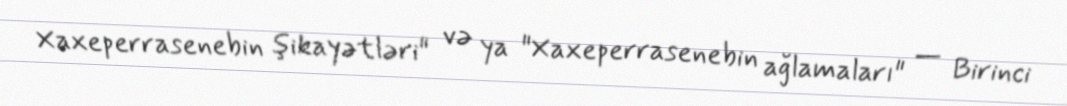
Xaxeperrasenebin şikayətləri" və ya "Xaxeperrasenebin ağlamaları" — Birinci